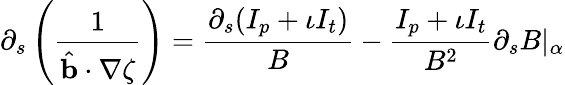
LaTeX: \partial_{s}\left(\frac{1}{\hat{\mathbf{b}}\cdot\nabla\zeta}\right)=\frac{\partial_{s}(I_{p}+\iota I_{t})}{B}-\frac{I_{p}+\iota I_{t}}{B^{2}}\partial_{s}B|_{\alpha}